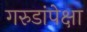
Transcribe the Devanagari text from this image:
गरुडांपेक्षा